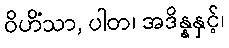
ဝိဟိံသာ, ပါတ၊ အဒိန္နနှင့်၊